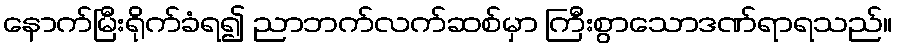
နောက်မြီးရိုက်ခံရ၍ ညာဘက်လက်ဆစ်မှာ ကြီးစွာသောဒဏ်ရာရသည်။